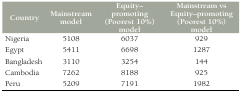
<table><thead><tr><td><b>Country</b></td><td><b>Mainstream model</b></td><td><b>Equity–promoting (Poorest 10%) model</b></td><td><b>Mainstream vs Equity– promoting (Poorest 10%) model</b></td></tr></thead><tbody><tr><td>Nigeria</td><td>5108</td><td>6037</td><td>929</td></tr><tr><td>Egypt</td><td>5411</td><td>6698</td><td>1287</td></tr><tr><td>Bangladesh</td><td>3110</td><td>3254</td><td>144</td></tr><tr><td>Cambodia</td><td>7262</td><td>8188</td><td>925</td></tr><tr><td>Peru</td><td>5209</td><td>7191</td><td>1982</td></tr></tbody></table>